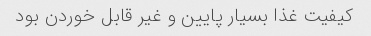
کیفیت غذا بسیار پایین و غیر قابل خوردن بود